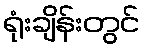
ရုံးချိန်းတွင်